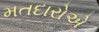
મતદારોએ